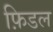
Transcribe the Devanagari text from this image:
फ़िडल